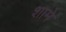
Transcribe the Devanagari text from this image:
शामे